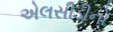
એલસીડીનો